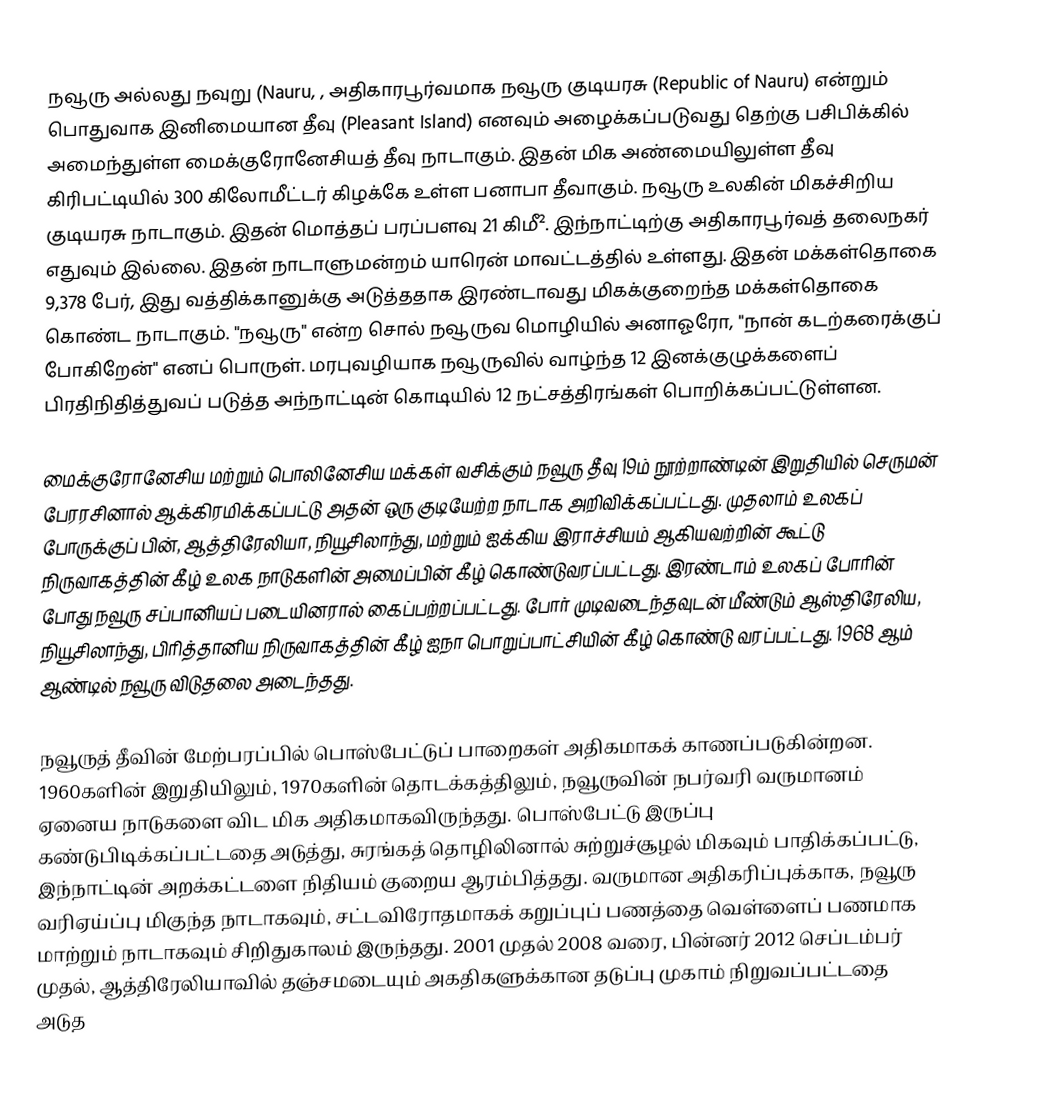
நவூரு அல்லது நவுறு (Nauru, , அதிகாரபூர்வமாக நவூரு குடியரசு (Republic of Nauru) என்றும் பொதுவாக இனிமையான தீவு (Pleasant Island) எனவும் அழைக்கப்படுவது தெற்கு பசிபிக்கில் அமைந்துள்ள மைக்குரோனேசியத் தீவு நாடாகும். இதன் மிக அண்மையிலுள்ள தீவு கிரிபட்டியில் 300 கிலோமீட்டர் கிழக்கே உள்ள பனாபா தீவாகும். நவூரு உலகின் மிகச்சிறிய குடியரசு நாடாகும். இதன் மொத்தப் பரப்பளவு 21 கிமீ². இந்நாட்டிற்கு அதிகாரபூர்வத் தலைநகர் எதுவும் இல்லை. இதன் நாடாளுமன்றம் யாரென் மாவட்டத்தில் உள்ளது. இதன் மக்கள்தொகை 9,378 பேர், இது வத்திக்கானுக்கு அடுத்ததாக இரண்டாவது மிகக்குறைந்த மக்கள்தொகை கொண்ட நாடாகும். "நவூரு" என்ற சொல் நவூருவ மொழியில் அனாஓரோ, "நான் கடற்கரைக்குப் போகிறேன்" எனப் பொருள்.  மரபுவழியாக நவூருவில் வாழ்ந்த 12 இனக்குழுக்களைப் பிரதிநிதித்துவப் படுத்த அந்நாட்டின் கொடியில் 12 நட்சத்திரங்கள் பொறிக்கப்பட்டுள்ளன.

மைக்குரோனேசிய மற்றும் பொலினேசிய மக்கள் வசிக்கும் நவூரு தீவு 19ம் நூற்றாண்டின் இறுதியில் செருமன் பேரரசினால் ஆக்கிரமிக்கப்பட்டு அதன் ஒரு குடியேற்ற நாடாக அறிவிக்கப்பட்டது. முதலாம் உலகப் போருக்குப் பின், ஆத்திரேலியா, நியூசிலாந்து, மற்றும் ஐக்கிய இராச்சியம் ஆகியவற்றின் கூட்டு நிருவாகத்தின் கீழ் உலக நாடுகளின் அமைப்பின் கீழ் கொண்டுவரப்பட்டது. இரண்டாம் உலகப் போரின் போது நவூரு சப்பானியப் படையினரால் கைப்பற்றப்பட்டது. போர் முடிவடைந்தவுடன் மீண்டும் ஆஸ்திரேலிய, நியூசிலாந்து, பிரித்தானிய நிருவாகத்தின் கீழ் ஐநா பொறுப்பாட்சியின் கீழ் கொண்டு வரப்பட்டது. 1968 ஆம் ஆண்டில் நவூரு விடுதலை அடைந்தது.

நவூருத் தீவின் மேற்பரப்பில் பொஸ்பேட்டுப் பாறைகள் அதிகமாகக் காணப்படுகின்றன. 1960களின் இறுதியிலும், 1970களின் தொடக்கத்திலும், நவூருவின் நபர்வரி வருமானம் ஏனைய நாடுகளை விட மிக அதிகமாகவிருந்தது. பொஸ்பேட்டு இருப்பு கண்டுபிடிக்கப்பட்டதை அடுத்து, சுரங்கத் தொழிலினால் சுற்றுச்சூழல் மிகவும் பாதிக்கப்பட்டு, இந்நாட்டின் அறக்கட்டளை நிதியம் குறைய ஆரம்பித்தது. வருமான அதிகரிப்புக்காக, நவூரு வரிஏய்ப்பு மிகுந்த நாடாகவும், சட்டவிரோதமாகக் கறுப்புப் பணத்தை வெள்ளைப் பணமாக மாற்றும் நாடாகவும் சிறிதுகாலம் இருந்தது. 2001 முதல் 2008 வரை, பின்னர் 2012 செப்டம்பர் முதல், ஆத்திரேலியாவில் தஞ்சமடையும் அகதிகளுக்கான தடுப்பு முகாம் நிறுவப்பட்டதை அடுத